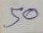
50